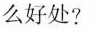
么好处?